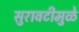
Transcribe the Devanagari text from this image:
सुरावटीमुळे